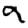
Digit: 9